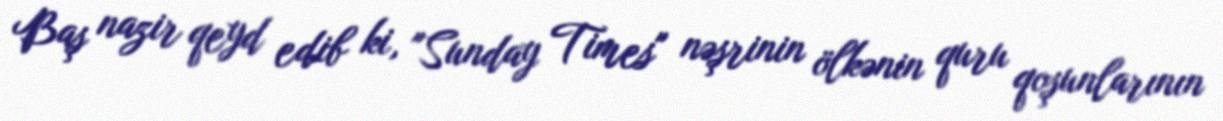
Baş nazir qeyd edib ki, "Sunday Times" nəşrinin ölkənin quru qoşunlarının